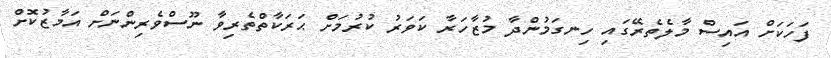
ފަހަކަށް އައިސް މާލެތެރޭގައި ހިނގަމުންދާ މުޒާހަރާ ކަވަރު ކުރުމަށް ޙަރަކާތްތެރިވާ ނޫސްވެރިންނަށް އަމާޒުކޮށް